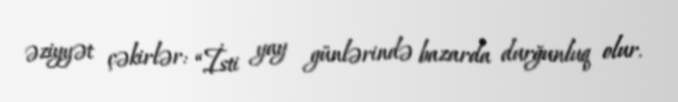
əziyyət çəkirlər: “İsti yay günlərində bazarda durğunluq olur.